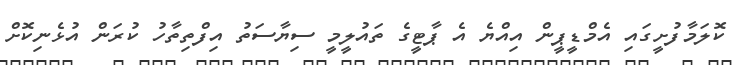
ކޮލަމާފުށީގައި އެމްޑީޕީން އިއްޔެ އެ ޕާޓީގެ ތައުލީމީ ސިޔާސަތު އިފްތިތާހު ކުރަން އުޅެނިކޮށް